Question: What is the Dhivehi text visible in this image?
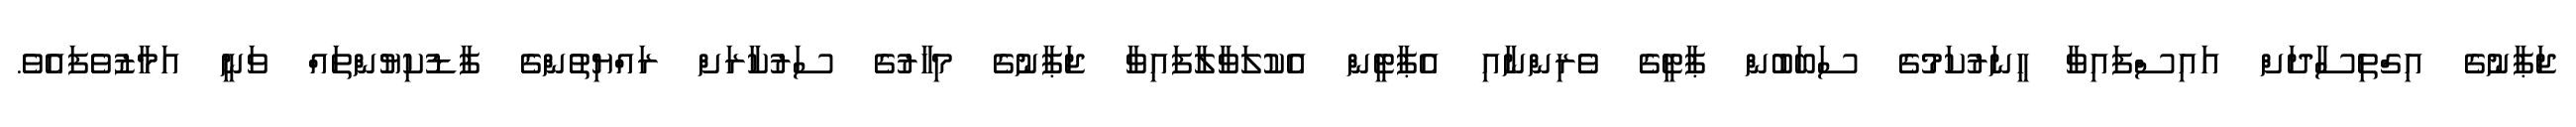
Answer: ޖަޕާނުގެ އިގްތިސާދަށް އައިސްފައިވާ ހީނަރުކަމުގެ ސަބަބުން ޕާޓީގެ ވެރިންނާއި އެޕާޓީން އެކުލަވާލާފައިވާ ޖަޕާނުގެ މިހާރުގެ ސަރުކާރަށް ރައްޔިތުންގެ ފާޑުކިޔުންތައް ވަނީ އަމާޒުވެފައެވެ.